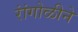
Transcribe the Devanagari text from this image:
रांंगोळीने